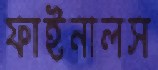
ফাইনালস